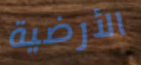
الأرضية